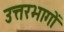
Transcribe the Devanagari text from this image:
उत्तरभागों